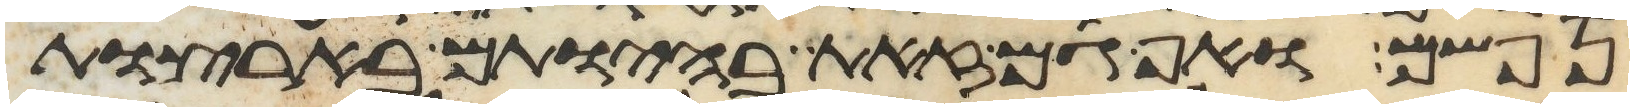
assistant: נפשם ואף גם זאת בהיותם בארצות